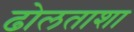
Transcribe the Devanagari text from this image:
ढोलताशा